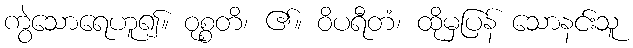
ကွဲသောရေဟူ၍။ ဝုစ္စတိ၊ ၏။ ဝိပရီတံ၊ ထိုမှပြန် သောနင်းသူ